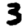
Digit: 3